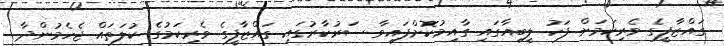
ގައްޒާފީގެ ވެރިކަމަށް ފަހު ލީބިއާގައި ގާއިމުކޮށްފައިވާ ސަރުކާރުގައި ގައްޒާފީގެ ވެރިކަމުގެ ކުލަތައް ޖެހެމުންދާ